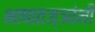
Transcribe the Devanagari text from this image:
भाषातज्ञांनी